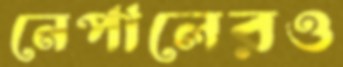
নেপালেরও